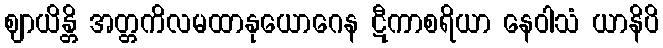
ဈာယိန္တိ အတ္တကိလမထာနုယောဂေန ဋီကာစရိယာ နေဝါသံ ယာနိပိ